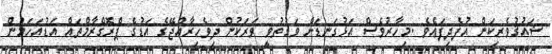
ޝައުޤުވެރިކަން އުފެދިފައެވެ .މިހާރުވެސް އަޅުގަނޑަށް ވަގުތުވީ ވަރަކުން ދިވެހިރާއްޖޭގެ އަޑުގެ ޕްރޮގްރާމްތައް އަޑުއަހަމުން